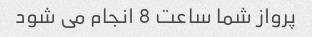
پرواز شما ساعت 8 انجام می شود